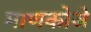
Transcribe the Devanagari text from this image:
माणकोजे